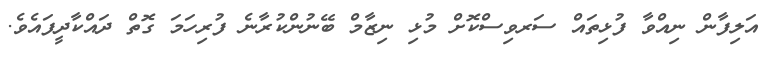
އަލިފާން ނިއްވާ ފުޅިތައް ސަރވިސްކޮށް މުޅި ނިޒާމް ބޭނުންކުރާނެ ފުރިހަމަ ގޮތް ދައްކާދީފައެވެ.